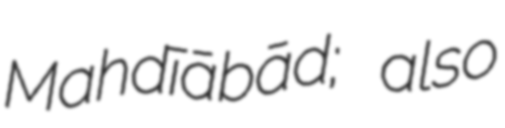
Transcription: Mahdīābād; also